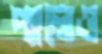
প্যালেও